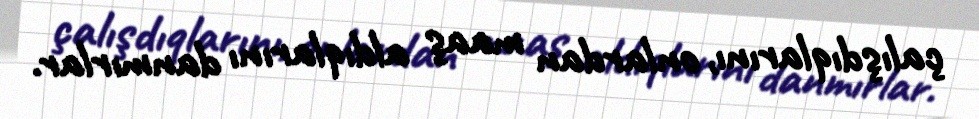
çalışdıqlarını, onlardan maaş aldıqlarını danmırlar.